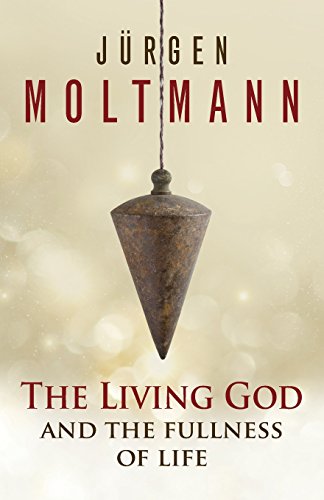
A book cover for The Living God and the Fullness of Life; JÃ¼rgen Moltmann; Christian Books & Bibles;